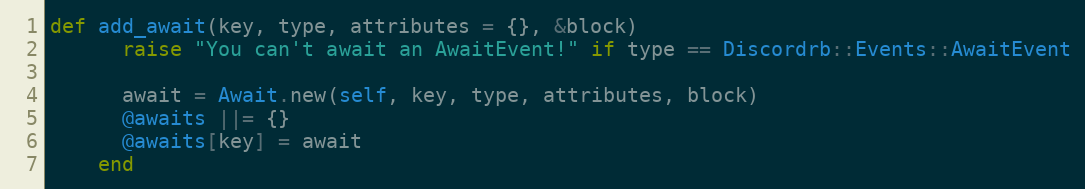
Language: Ruby
def add_await(key, type, attributes = {}, &block)
      raise "You can't await an AwaitEvent!" if type == Discordrb::Events::AwaitEvent

      await = Await.new(self, key, type, attributes, block)
      @awaits ||= {}
      @awaits[key] = await
    end